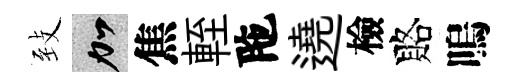
𦤺加焦輊陁遶檢賂嗚